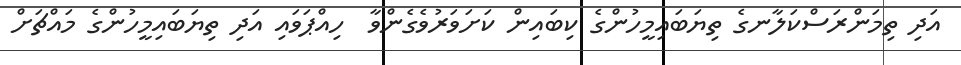
އަދި ތިމަންރަސްކަލާނގެ ތިޔަބައިމީހުންގެ ކިބައިން ކަށަވަރުވެގެންވާ  ހިއްޕަވައި އަދި ތިޔަބައިމީހުންގެ މައްޗަށް